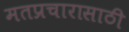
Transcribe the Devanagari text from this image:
मतप्रचारासाठी